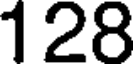
128